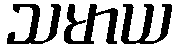
သမာယ